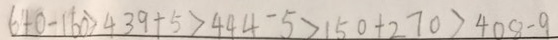
6 4 0 - 1 6 0 > 4 3 9 + 5 > 4 4 4 - 5 > 1 5 0 + 2 7 0 > 4 0 8 - 9